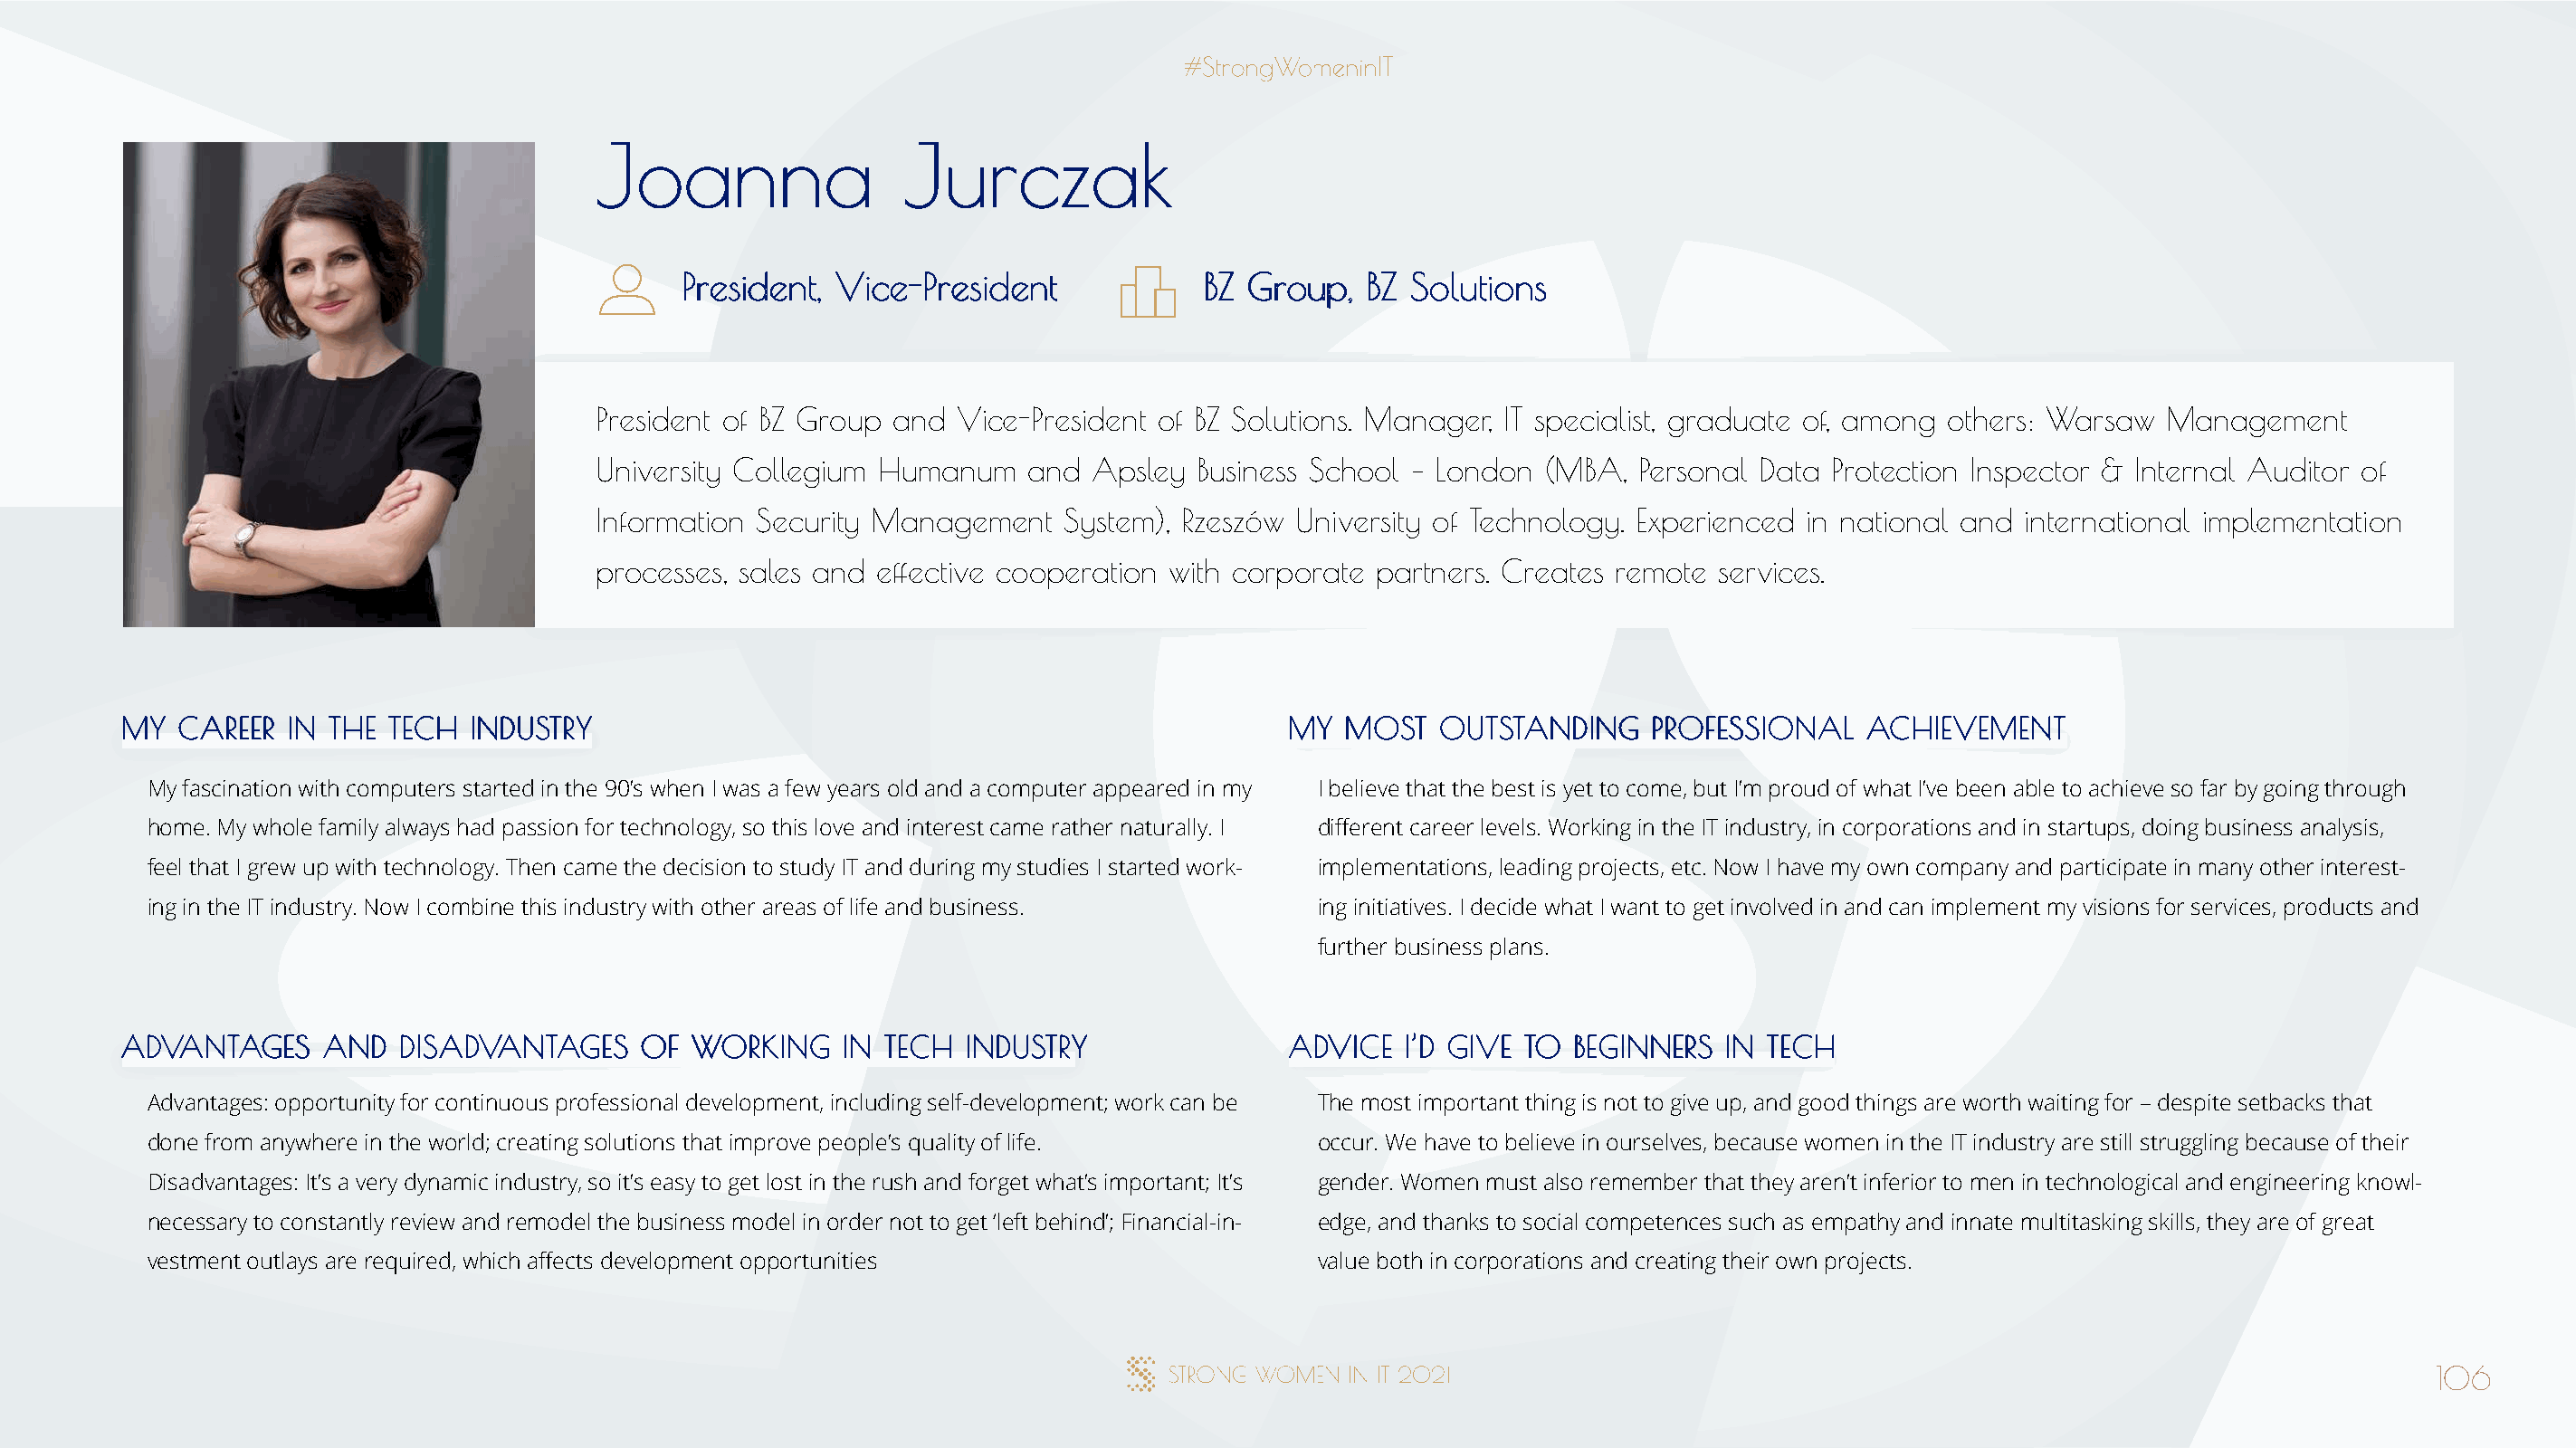
JJooaannnnaa          JJuurrcczzaakk
 PPrreessiiddeenntt,, VViiccee--PPrreessiiddeenntt BBZZ GGrroouupp,, BBZZ SSoolluuttiioonnss
 President of BZ Group and Vice-President of BZ Solutions. Manager, IT specialist, graduate of, among others: Warsaw Management
 University Collegium Humanum   and  Apsley  Business School – London (MBA,  Personal Data Protection Inspector & Internal Auditor of
 Information Security Management   System), Rzeszów University of Technology. Experienced in national and international implementation
 processes, sales and effective cooperation with corporate partners. Creates remote services.
 MMYY CCAARREEEERR IINN TTHHEE TTEECCHH IINNDDUUSSTTRRYY                              MMYY MMOOSSTT OOUUTTSSTTAANNDDIINNGG PPRROOFFEESSSSIIOONNAALL AACCHHIIEEVVEEMMEENNTT
 My fascination with computers started in the 90’s when I was a few years old and a computer appeared in my I believe that the best is yet to come, but I’m proud of what I’ve been able to achieve so far by going through
 home. My whole family always had passion for technology, so this love and interest came rather naturally. I different career levels. Working in the IT industry, in corporations and in startups, doing business analysis,
 feel that I grew up with technology. Then came the decision to study IT and during my studies I started work- implementations, leading projects, etc. Now I have my own company and participate in many other interest-
 ing in the IT industry. Now I combine this industry with other areas of life and business. ing initiatives. I decide what I want to get involved in and can implement my visions for services, products and
 further business plans.
 AADDVVAANNTTAAGGEESS AANNDD DDIISSAADDVVAANNTTAAGGEESS OOFF WWOORRKKIINNGG IINN TTEECCHH IINNDDUUSSTTRRYY AADDVVIICCEE II’’DD GGIIVVEE TTOO BBEEGGIINNNNEERRSS IINN TTEECCHH
 Advantages: opportunity for continuous professional development, including self-development; work can be The most important thing is not to give up, and good things are worth waiting for – despite setbacks that
 done from anywhere in the world; creating solutions that improve people’s quality of life. occur. We have to believe in ourselves, because women in the IT industry are still struggling because of their
 Disadvantages: It’s a very dynamic industry, so it’s easy to get lost in the rush and forget what’s important; It’s gender. Women must also remember that they aren’t inferior to men in technological and engineering knowl-
 necessary to constantly review and remodel the business model in order not to get ‘left behind’; Financial-in- edge, and thanks to social competences such as empathy and innate multitasking skills, they are of great
 vestment outlays are required, which affects development opportunities               value both in corporations and creating their own projects.
 106